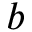
b